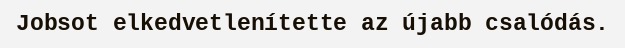
Jobsot elkedvetlenítette az újabb csalódás.